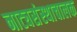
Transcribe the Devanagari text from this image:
नाट्यसंस्थाचालक